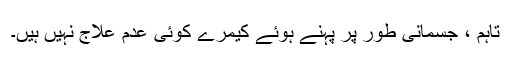
تاہم ، جسمانی طور پر پہنے ہوئے کیمرے کوئی عدم علاج نہیں ہیں۔